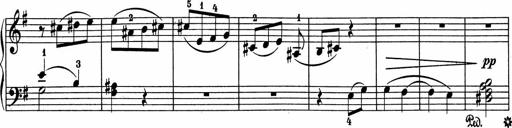
Title: 5 Sonatinen fÃ¼r die Jugend
Composer: Carl Reinecke